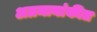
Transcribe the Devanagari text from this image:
अग्रमानांकीत